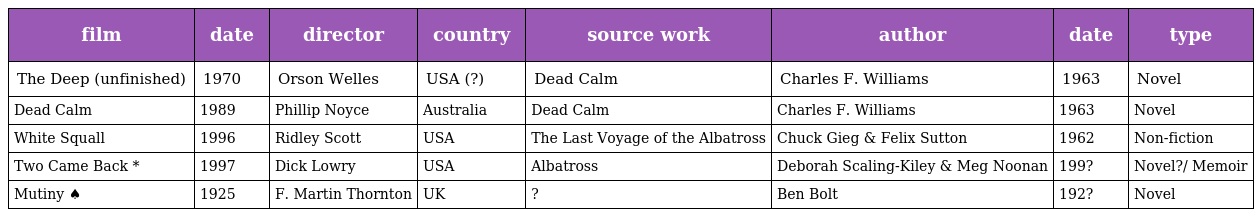
| film | date | director | country | source work | author | date | type |
 | --- | --- | --- | --- | --- | --- | --- | --- |
 | The Deep (unfinished) | 1970 | Orson Welles | USA (?) | Dead Calm | Charles F. Williams | 1963 | Novel |
 | Dead Calm | 1989 | Phillip Noyce | Australia | Dead Calm | Charles F. Williams | 1963 | Novel |
 | White Squall | 1996 | Ridley Scott | USA | The Last Voyage of the Albatross | Chuck Gieg & Felix Sutton | 1962 | Non-fiction |
 | Two Came Back * | 1997 | Dick Lowry | USA | Albatross | Deborah Scaling-Kiley & Meg Noonan | 199? | Novel?/ Memoir |
 | Mutiny ♠ | 1925 | F. Martin Thornton | UK | ? | Ben Bolt | 192? | Novel |